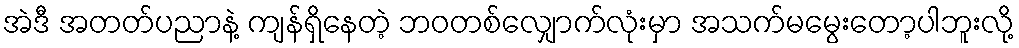
အဲဒီ အတတ်ပညာနဲ့ ကျန်ရှိနေတဲ့ ဘဝတစ်လျှောက်လုံးမှာ အသက်မမွေးတော့ပါဘူးလို့